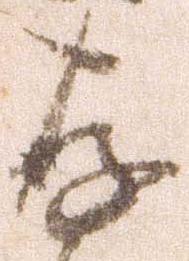
存